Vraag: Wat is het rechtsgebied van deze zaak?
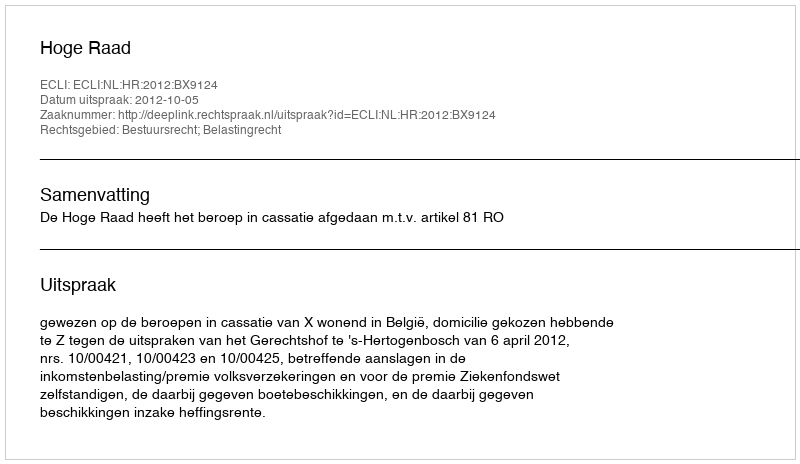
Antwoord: Bestuursrecht; Belastingrecht